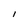
Character: I